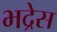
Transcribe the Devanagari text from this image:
भद्रेस